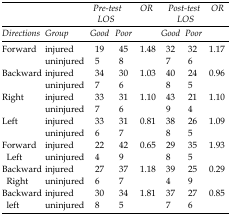
|  |  | <COLSPAN=2> Pre-test LOS | OR | <COLSPAN=2> Post-test LOS | OR |
 | Directions | Group | Good | Poor |  | Good | Poor |  |
 | --- | --- | --- | --- | --- | --- | --- | --- |
 | <ROWSPAN=2> Forward | injured | 19 | 45 | 1.48 | 32 | 32 | 1.17 |
 | uninjured | 5 | 8 |  | 7 | 6 |  |
 | <ROWSPAN=2> Backward | injured | 34 | 30 | 1.03 | 40 | 24 | 0.96 |
 | uninjured | 7 | 6 |  | 8 | 5 |  |
 | <ROWSPAN=2> Right | injured | 33 | 31 | 1.10 | 43 | 21 | 1.10 |
 | uninjured | 7 | 6 |  | 9 | 4 |  |
 | <ROWSPAN=2> Left | injured | 33 | 31 | 0.81 | 38 | 26 | 1.09 |
 | uninjured | 6 | 7 |  | 8 | 5 |  |
 | <ROWSPAN=2> Forward Left | injured | 22 | 42 | 0.65 | 29 | 35 | 1.93 |
 | uninjured | 4 | 9 |  | 8 | 5 |  |
 | <ROWSPAN=2> Backward Right | injured | 27 | 37 | 1.18 | 39 | 25 | 0.29 |
 | uninjured | 6 | 7 |  | 4 | 9 |  |
 | <ROWSPAN=2> Backward left | injured | 30 | 34 | 1.81 | 37 | 27 | 0.85 |
 | uninjured | 8 | 5 |  | 7 | 6 |  |